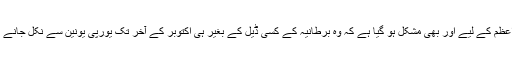
لیکن اس کا ایک مطلب یہ بھی ہے کہ اب موجودہ برطانوی وزیر اعظم کے لیے اور بھی مشکل ہو گیا ہے کہ وہ برطانیہ کے کسی ڈیل کے بغیر ہی اکتوبر کے آخر تک یورپی یونین سے نکل جانے کے پہلے سے کیے گئے فیصلے پر عمل درآمد کو یقینی بنا سکیں۔